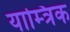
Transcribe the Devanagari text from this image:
याम्त्रिक